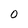
Character: O